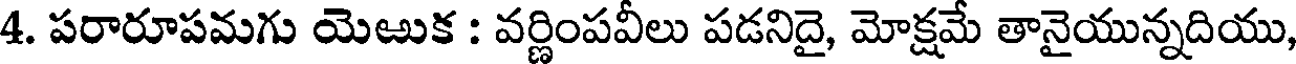
4. పరారూపమగు యెఱుక : వర్ణింపవీలు పడనిదై, మోక్షమే తానైయున్నదియు,